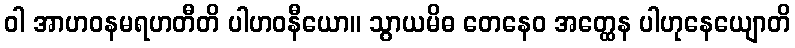
ဝါ အာဟဝနမရဟတီတိ ပါဟဝနီယော။ သွာယမိဓ တေနေဝ အတ္ထေန ပါဟုနေယျောတိ